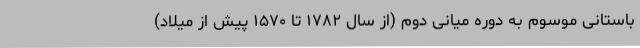
باستانی موسوم به دوره میانی دوم (از سال ۱۷۸۲ تا ۱۵۷۰ پیش از میلاد)